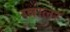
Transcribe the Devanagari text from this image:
ग्वालर